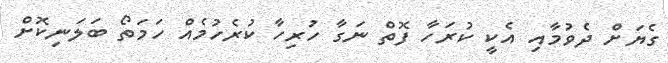
ގެޔަށް ދެވުމާއި އެކީ ކުރަހާ ފޮތް ނަގާ ހުރިހާ ކުރެހުމެއް ހަމަތޯ ބަލަނިކޮށް